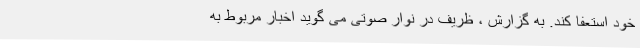
خود استعفا کند. به گزارش ، ظریف در نوار صوتی می گوید اخبار مربوط به